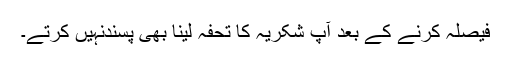
فیصلہ کرنے کے بعد آپ شکریہ کا تحفہ لینا بھی پسندنہیں کرتے۔